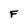
Character: F